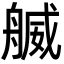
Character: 𦩬